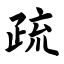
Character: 疏